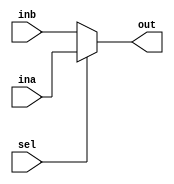
`timescale 1ns / 1ps
//////////////////////////////////////////////////////////////////////////////////
// Company: 
// Engineer: 
// 
// Design Name: 
// Module Name: mux2_1
// Project Name: 
// Target Devices: 
// Tool Versions: 
// Description: 
// 
// Dependencies: 
// 
// Revision:
// Revision 0.01 - File Created
// Additional Comments:
// 
//////////////////////////////////////////////////////////////////////////////////

// sel = 0 -> ina, sel=1 -> inb
module mux2_1(
    input [31:0] ina,
    input [31:0] inb,
    input sel,
    output [31:0] out
    );
    
    assign out = sel ? ina : inb;
    
endmodule